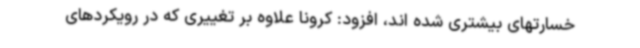
خسارتهای بیشتری شده اند، افزود: کرونا علاوه بر تغییری که در رویکردهای